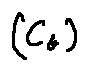
( C _ { \theta } )